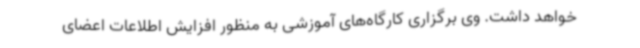
خواهد داشت. وی برگزاری کارگاه‌های آموزشی به منظور افزایش اطلاعات اعضای